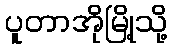
ပူတာအိုမြို့သို့